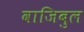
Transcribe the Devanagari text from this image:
वाजिबुल